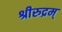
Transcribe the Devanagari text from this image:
श्रीरुद्रम्